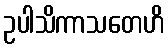
ဥပါသိကာသတေဟိ